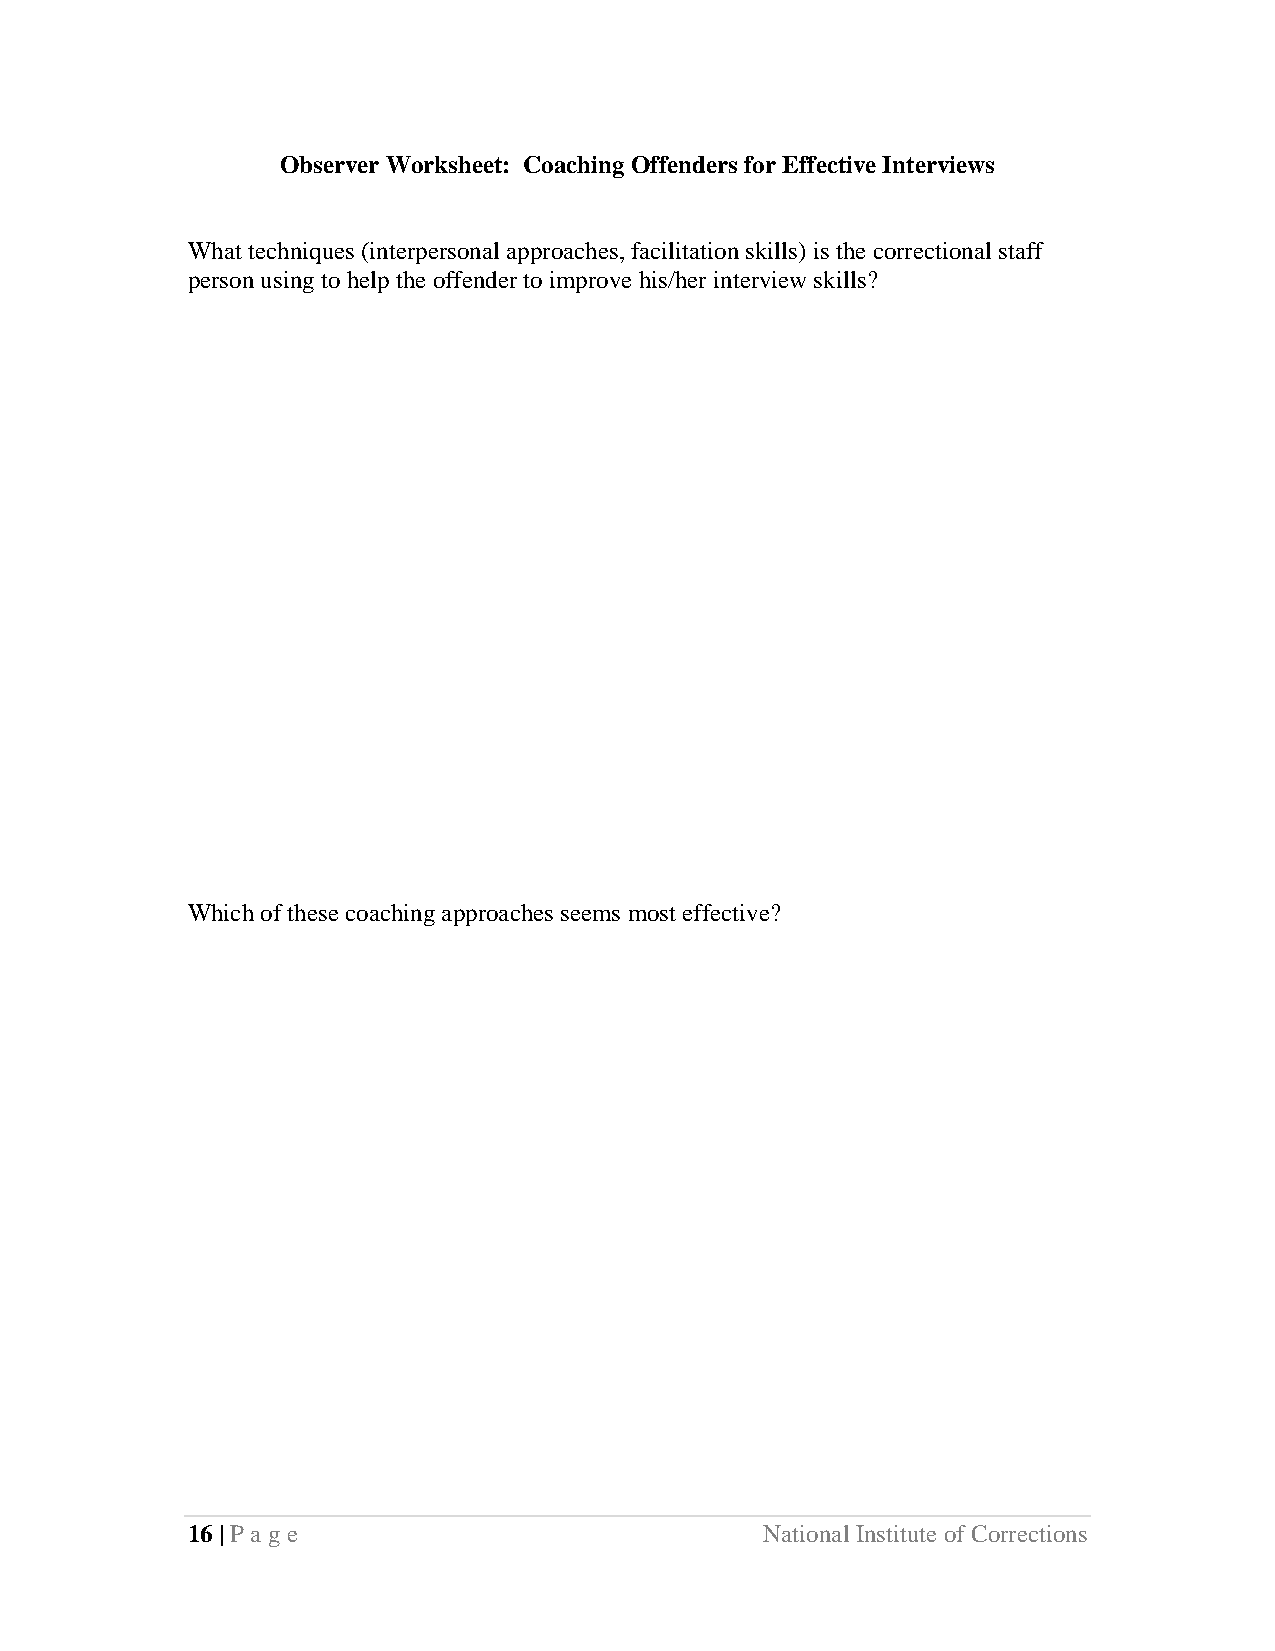
Observer Worksheet: Coaching Offenders for Effective Interviews
 What techniques (interpersonal approaches, facilitation skills) is the correctional staff
 person using to help the offender to improve his/her interview skills?
 Which of these coaching approaches seems most effective?
 16 | Page                              National Institute of Corrections